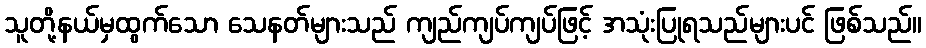
သူတို့နယ်မှထွက်သော သေနတ်များသည် ကျည်ကျပ်ကျပ်ဖြင့် အသုံးပြုရသည်များပင် ဖြစ်သည်။